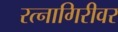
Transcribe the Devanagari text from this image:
रत्नागिरीवर